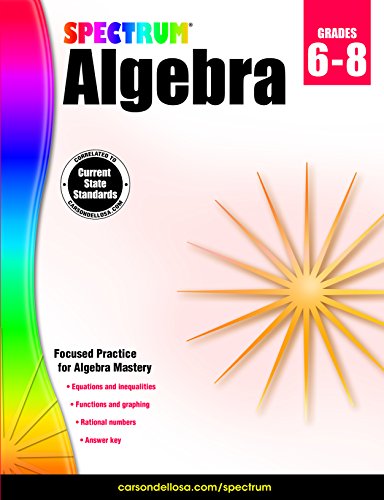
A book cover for Spectrum Algebra; Children's Books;